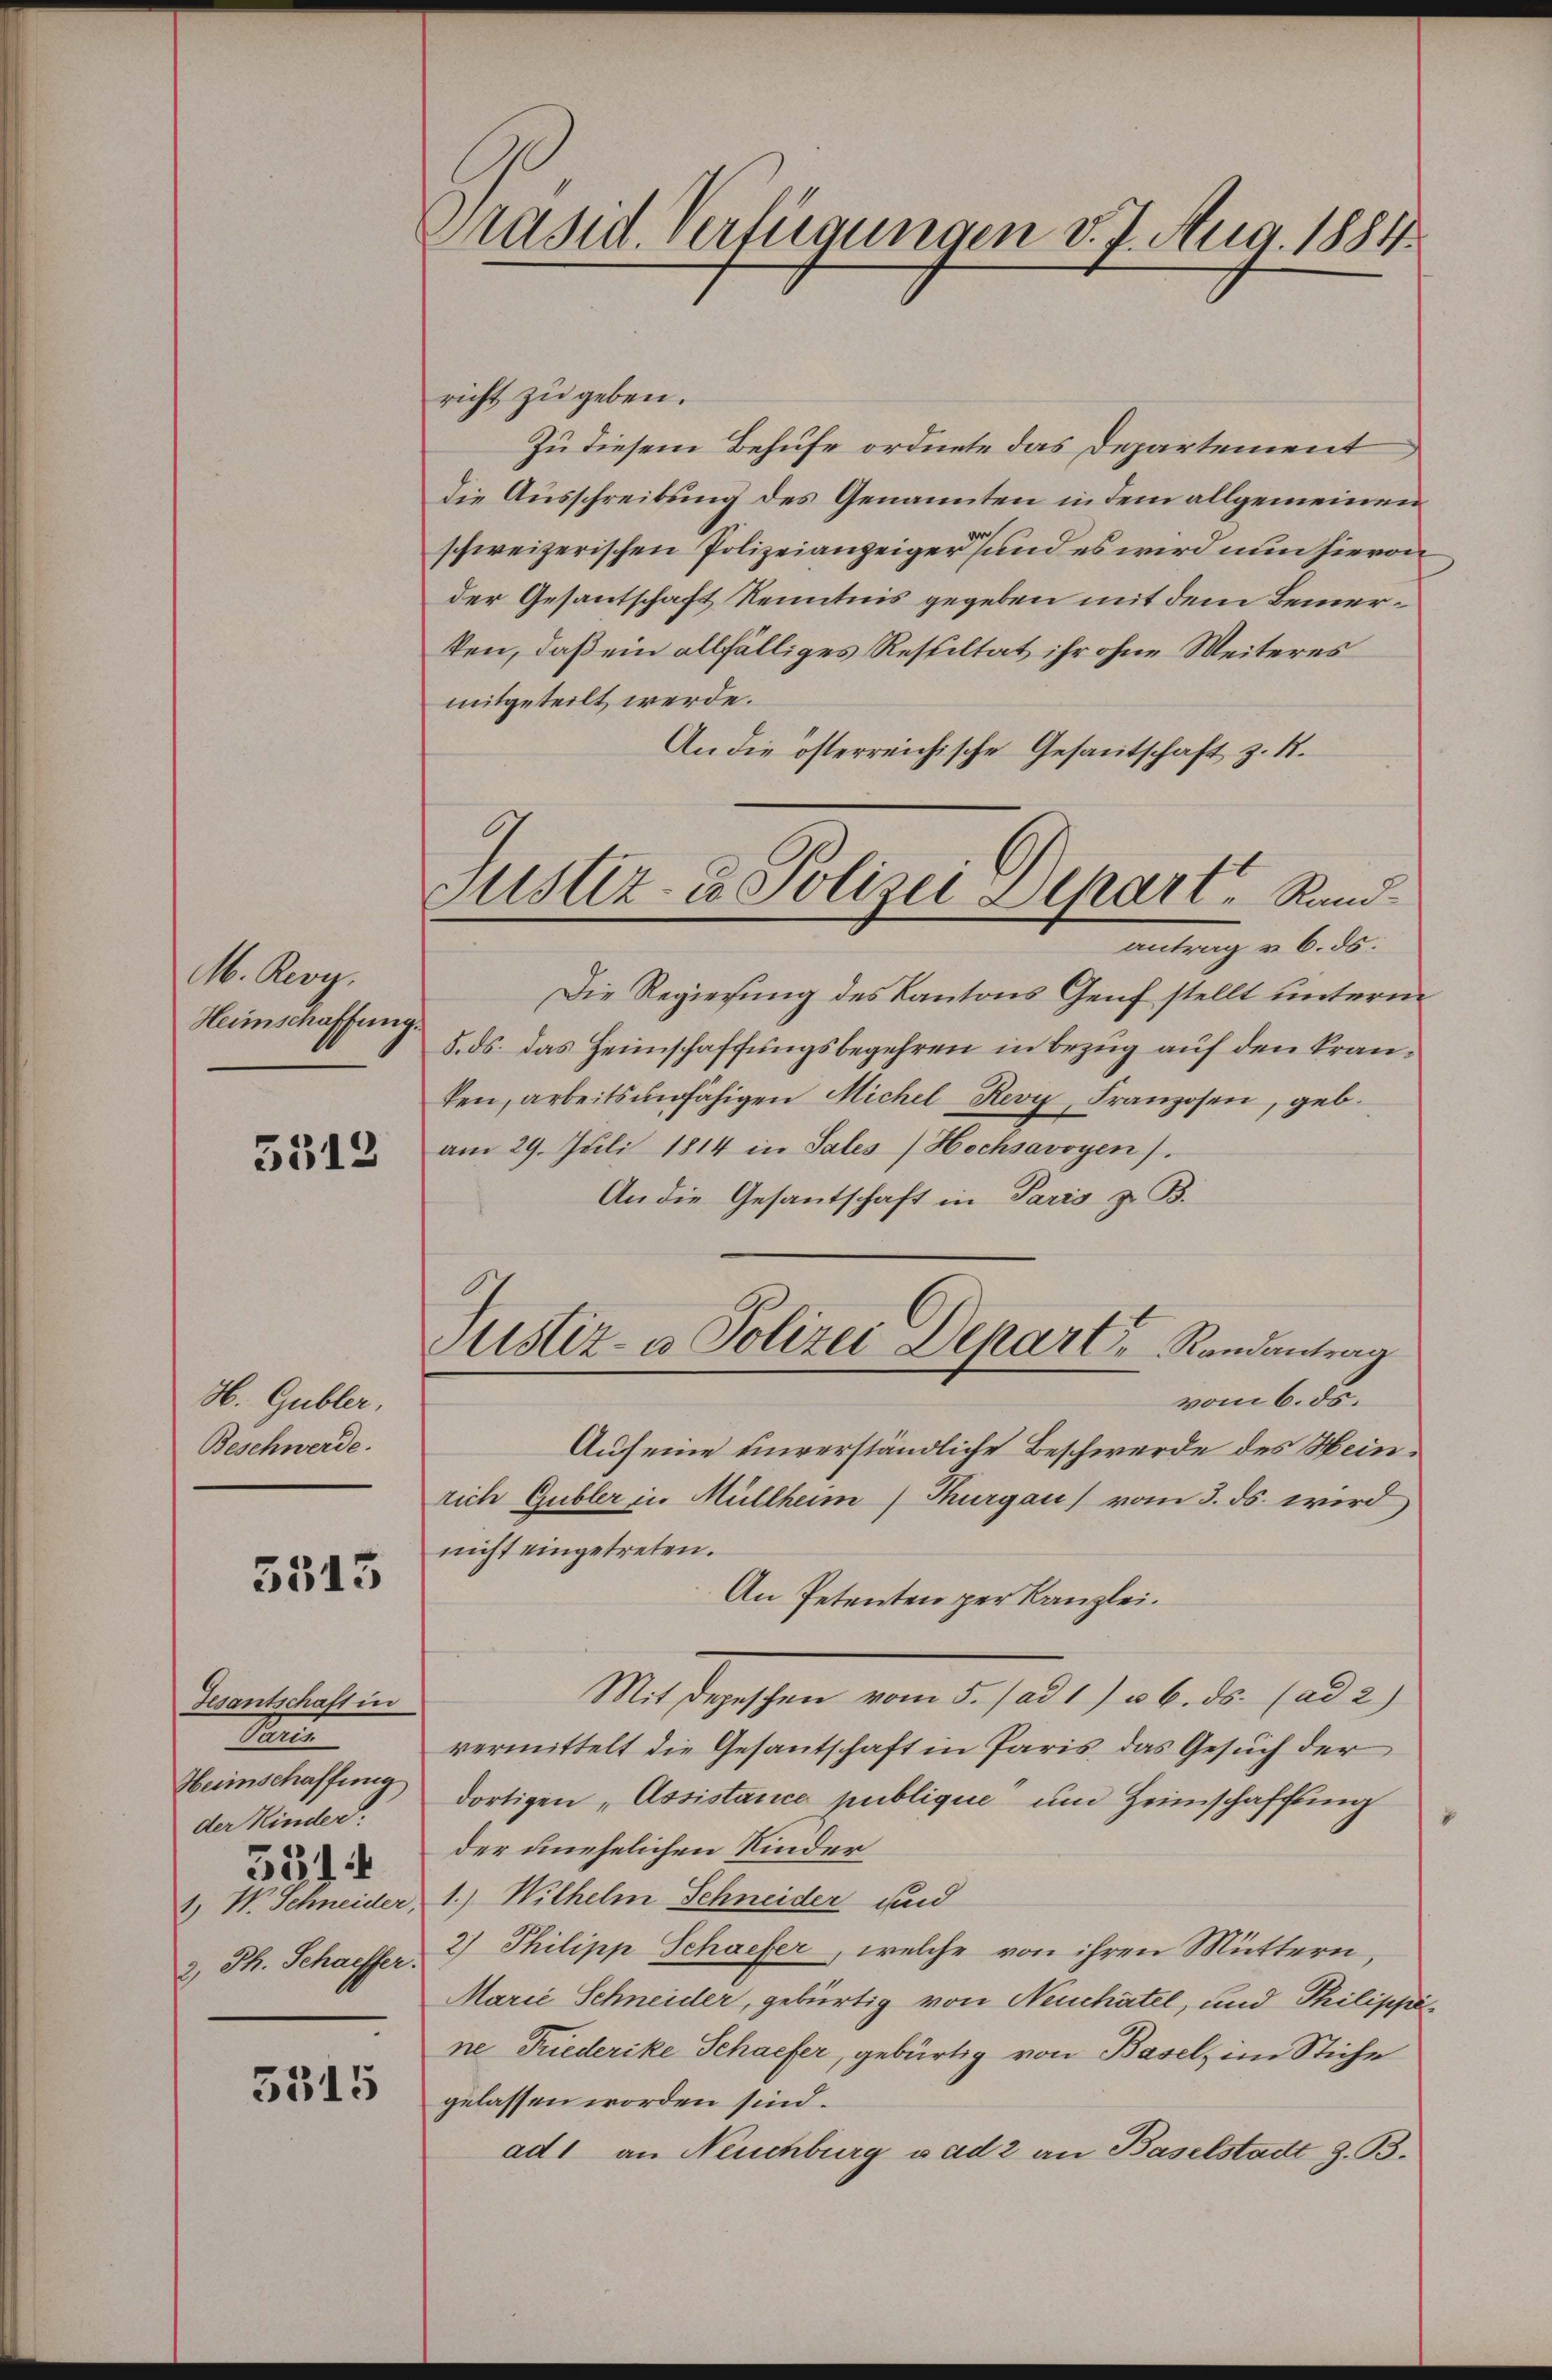
M. Rev
Heimschaffung

5512

H. Gubler,
Beschwerde.

5545

Gesantschaft in
He
Heimschaffung
der Kinder.
531
1) W. Schneider,
2. Th. Schaiffer.

3315

Präsid. Verfügungen v. J. Aug. 1884.

Justiz- u. Polizei Depart Rundantrag u. 6. ds.

richt zu geben.
Zu diesem Behufe ordnete das Departement
die Ausschreibung des Genannten in dem allgemeinen
schweizerischen Polizeianzeiger und es wird nun hievon
der Gesantschaft Kenntnis gegeben mit dem Bemerken, daß ein allfälliges Resultat ihr ohne Weiteres
mitgeteilt werde.
An die österreichische Gesantschaft z. B.
Die Regierung des Kantons Genf stellt unterm
5. ds. das Heimschaffungsbegehren in Bezug auf den Kranken, arbeitsunfähigen Michel Revy, Franzosen, geb.
am 29. Jŭli 1814 in Sales Hochsavoyen).
An die Gesantschaft in Paris z. B.
Astiz- u Polizei Depart Rondantrag
vom 6. ds.
Auf eine unverständliche Beschwerde des Heinlich Gubler in Müllheim) Thurgau) vom 3. ds. wird
nicht eingetreten.
An Petenten per Kanzlei.
Mit Depeschen vom 5. (ad 1) u. 6. ds. (ad 2)
vermittelt die Gesantschaft in Paris, das Gesuch der
dortigen „Assistance publique, um Heimschaffung
der unehelichen Kinder
1.) Wilhelm Schneider und
2.) Philipp Schaefer, welche von ihren Muttern,
Marie Schneider, gebürtig von Neuchâtel, und Philippi
ne Friederike Schaefer, gebürtig von Basel, im Stiche
gelassen worden sind.
ad1 an Neuchburg vad 2 an Baselstadt z. B.